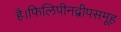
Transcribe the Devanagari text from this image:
है।फिलिपीनद्वीपसमूह